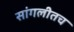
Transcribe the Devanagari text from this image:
सांगलीतच